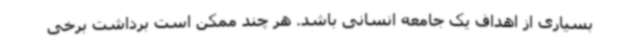
بسیاری از اهداف یک جامعه انسانی باشد. هر چند ممکن است برداشت برخی